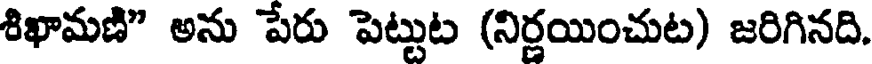
శిఖామణి" అను పేరు పెట్టుట (నిర్ణయించుట) జరిగినది.